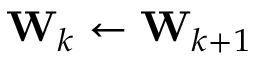
\mathbf { W } _ { k } \gets \mathbf { W } _ { k + 1 }